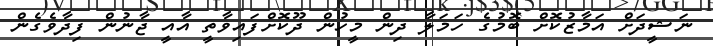
ނަޝީދަށް އަމާޒުކޮށް ބޮމުގެ ހަމަލާ ދިން މީހުން ދޫކޮށްފައިވާތީ އާއީ ޖާނުން ފިދާވެގެން